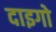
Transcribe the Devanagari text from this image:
दाइगो